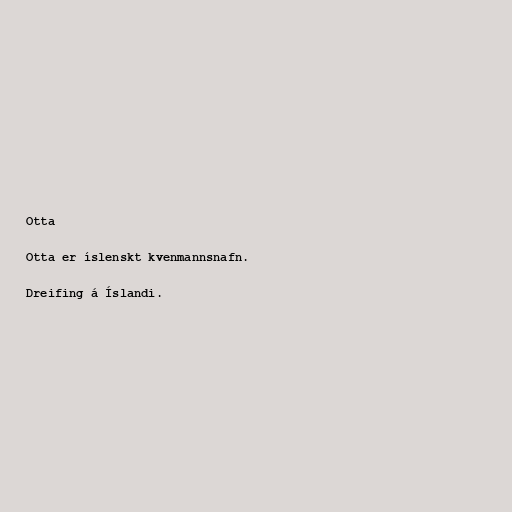
Otta

Otta er íslenskt kvenmannsnafn.

Dreifing á Íslandi.